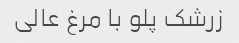
زرشک پلو با مرغ عالی